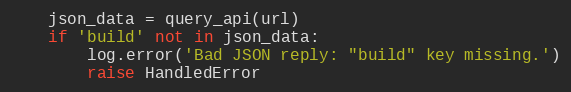
Language: Python
    json_data = query_api(url)
    if 'build' not in json_data:
        log.error('Bad JSON reply: "build" key missing.')
        raise HandledError